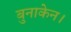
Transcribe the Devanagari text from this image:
बुनाकेन।